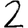
Digit: 2